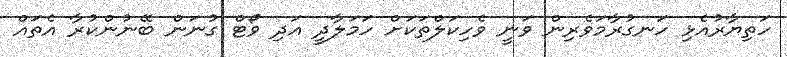
ހަތިޔާރުއެޅި ހަނގުރާމަވެރިން ވަނީ ވެހިކަލްތަކަށް ހަމަލާދީ އަދި ވޯޓް ގުނަން ބޭނުންކުރާ އެތައް